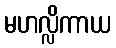
မဟလ္လိကာယ